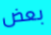
بعض